Problem: 3 × 7 = ?
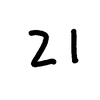
Handwritten answer: 21